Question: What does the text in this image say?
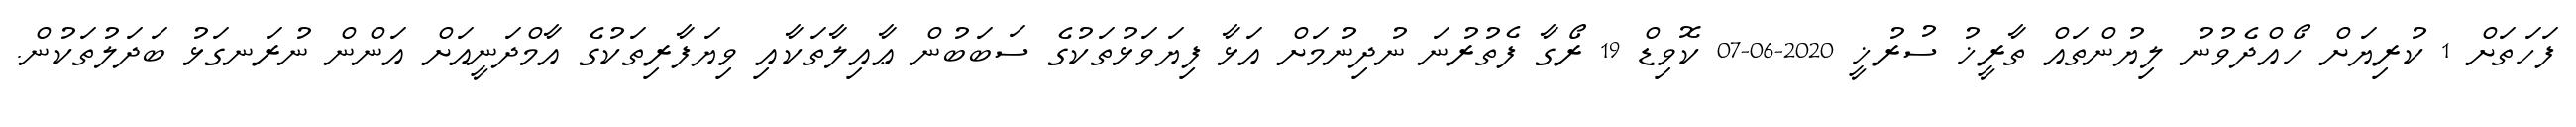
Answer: ފަހަތަށް 1 ކުރިޔަށް ހޯއްދެވުނު ލިޔުންތައް ތާރީޚު ސުރުޚީ 2020-06-07 ކޮވިޑް 19 ރޯގާ ފެތުރުނަ ނުދިނުމަށް އަޅާ ފިޔަވަޅުތަކުގެ ސަބަބުން ޢާއިލާތަކާއި ވިޔަފާރިތަކުގެ އާމްދަނީއަށް އަންން ނުރަނގަޅު ބަދަލުތަކުން.